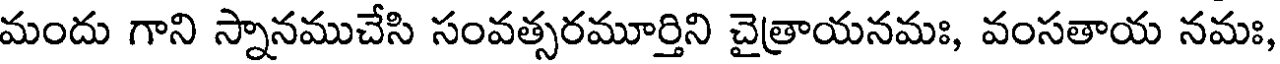
మందు గాని స్నానముచేసి సంవత్సరమూర్తిని చైత్రాయనమః, వంసతాయ నమః,